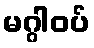
မဂ္ဂါဝပ်